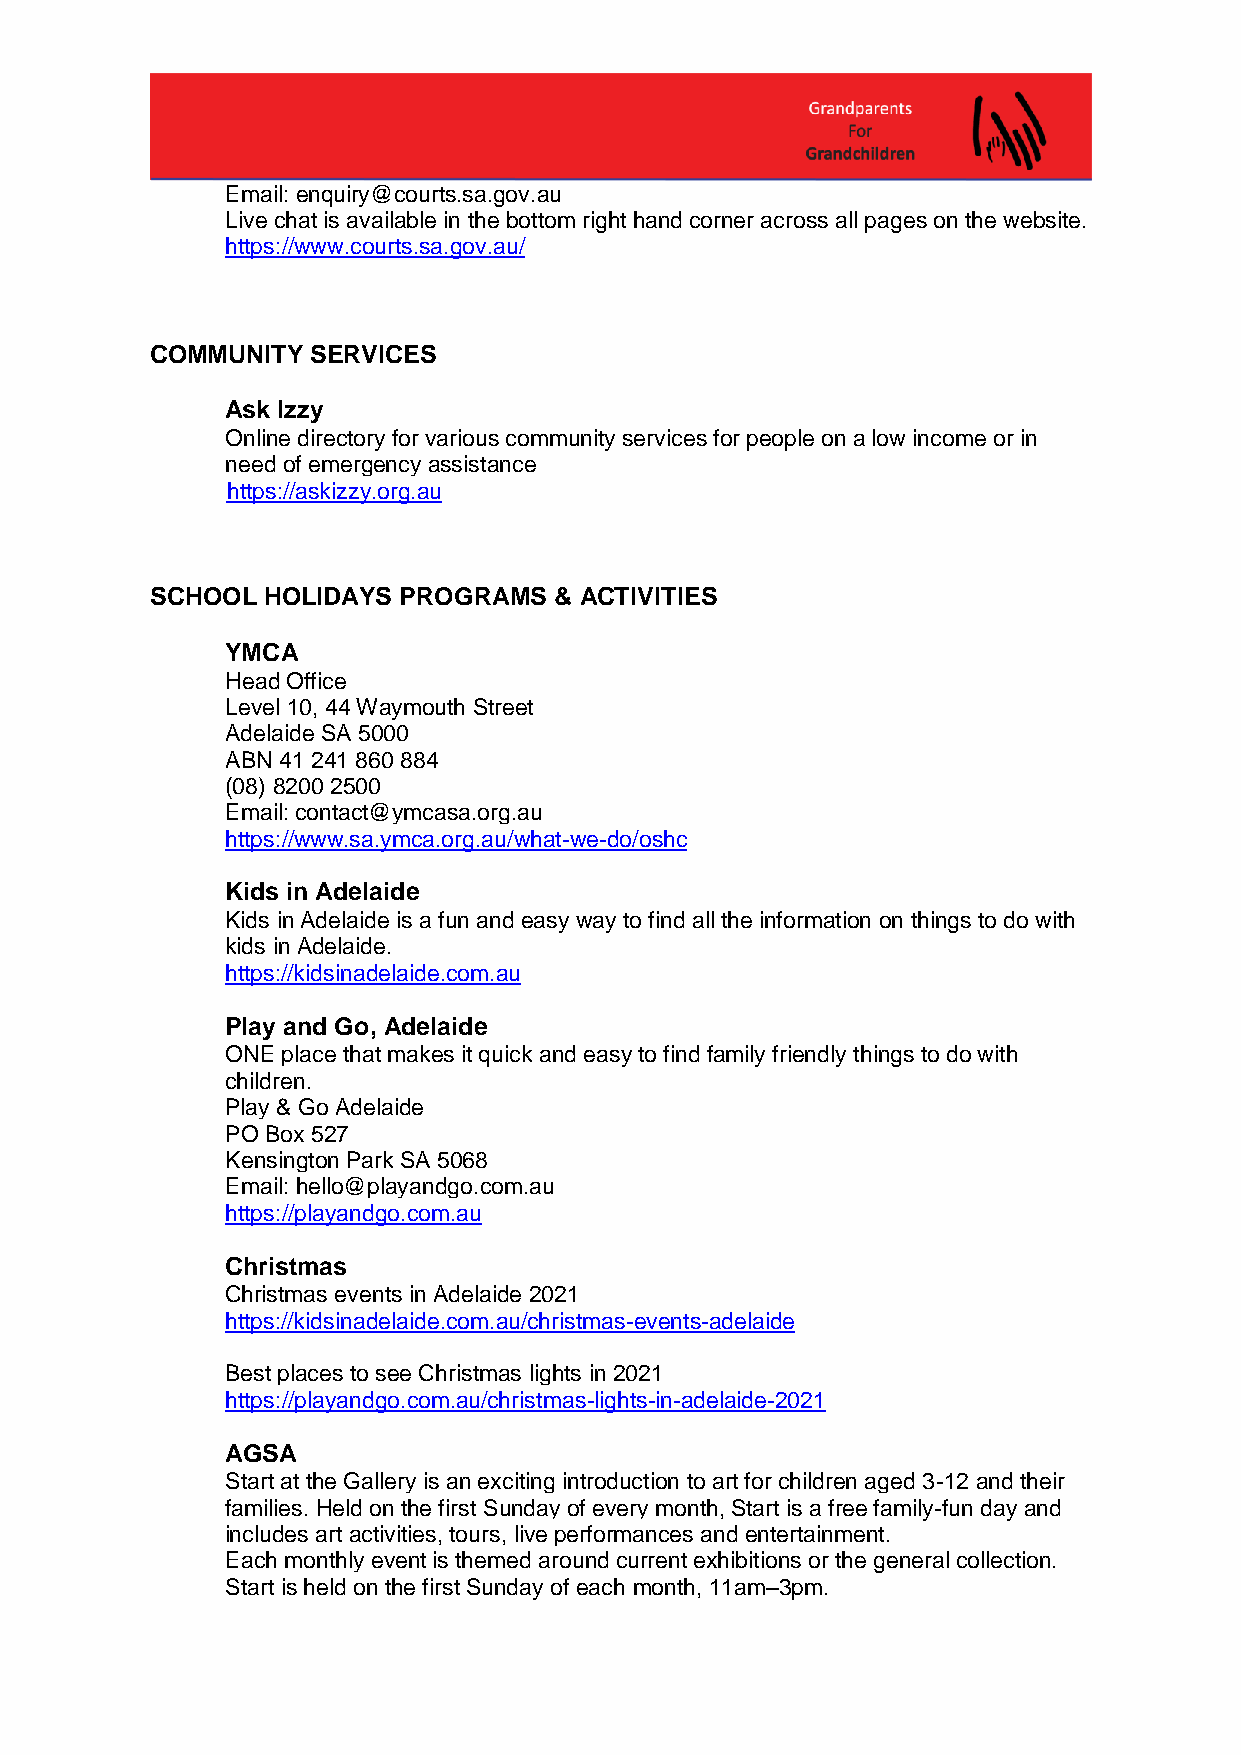
Email: enquiry@courts.sa.gov.au
 Live chat is available in the bottom right hand corner across all pages on the website.
 https://www.courts.sa.gov.au/
 COMMUNITY  SERVICES
 Ask Izzy
 Online directory for various community services for people on a low income or in
 need of emergency assistance
 https://askizzy.org.au
 SCHOOL HOLIDAYS PROGRAMS   & ACTIVITIES
 YMCA
 Head Office
 Level 10, 44 Waymouth Street
 Adelaide SA 5000
 ABN 41 241 860 884
 (08) 8200 2500
 Email: contact@ymcasa.org.au
 https://www.sa.ymca.org.au/what-we-do/oshc
 Kids in Adelaide
 Kids in Adelaide is a fun and easy way to find all the information on things to do with
 kids in Adelaide.
 https://kidsinadelaide.com.au
 Play and Go, Adelaide
 ONE place that makes it quick and easy to find family friendly things to do with
 children.
 Play & Go Adelaide
 PO Box 527
 Kensington Park SA 5068
 Email: hello@playandgo.com.au
 https://playandgo.com.au
 Christmas
 Christmas events in Adelaide 2021
 https://kidsinadelaide.com.au/christmas-events-adelaide
 Best places to see Christmas lights in 2021
 https://playandgo.com.au/christmas-lights-in-adelaide-2021
 AGSA
 Start at the Gallery is an exciting introduction to art for children aged 3-12 and their
 families. Held on the first Sunday of every month, Start is a free family-fun day and
 includes art activities, tours, live performances and entertainment.
 Each monthly event is themed around current exhibitions or the general collection.
 Start is held on the first Sunday of each month, 11am–3pm.